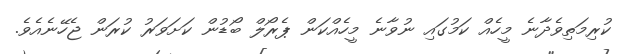
ކުރިމަތިވެދާނެ މީހެއް ކަމުގައި ނުވާނެ މީހެއްކަން ޕެރޯލް ބޯޑުން ކަށަވަރު ކުރަން ޖެހޭނެއެވެ.